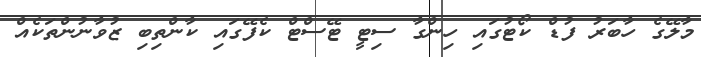
މާލޭގެ ހާބަރު ފުޑް ކޯޓުގައި ހިންގާ ސިޓީ ޓޭސްޓް ކެފޭގައި ކާންތިބި ޒުވާނުންތަކެއް